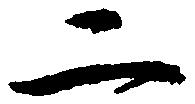
二